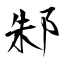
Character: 邾